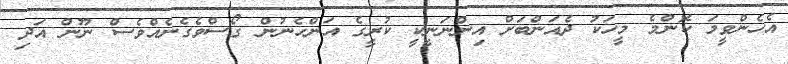
އެހެންވީމަ ކޮންމެ މީހަކު ދެއަންބަށް އިންނަނީކީ ކުރީގެ އަންހެނުން ގޯސްވެގެނެއްވެސް ނޫން އަދި